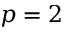
p = 2